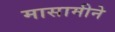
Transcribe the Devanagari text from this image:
मासामीने